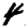
Digit: 4